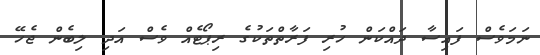
ނަމަވެސް ފައިސާ ދައްކަން ހުރި ފަރާތްތަކުގެ ރިޕޯޓެއް ވެސް އަދި ލިބެން ޖެހޭ